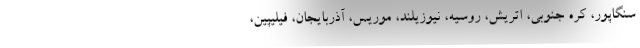
سنگاپور، کره جنوبی، اتریش، روسیه، نیوزیلند، موریس، آذربایجان، فیلیپین،